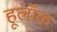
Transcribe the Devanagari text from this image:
हूलॉक